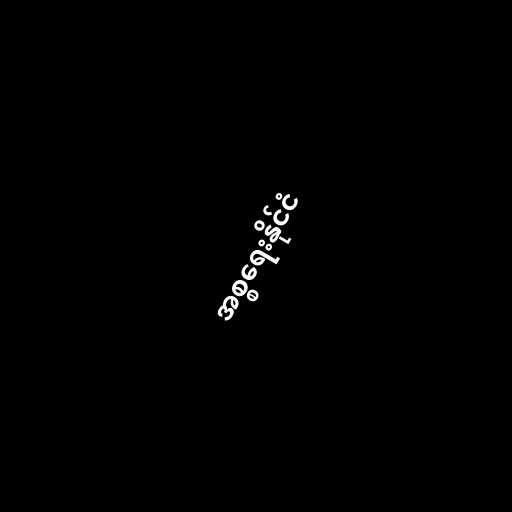
အစ္စရေးနိုင်ငံ